Vaccination in Burma 1900-1911 - 1900-1911
Year: 1900
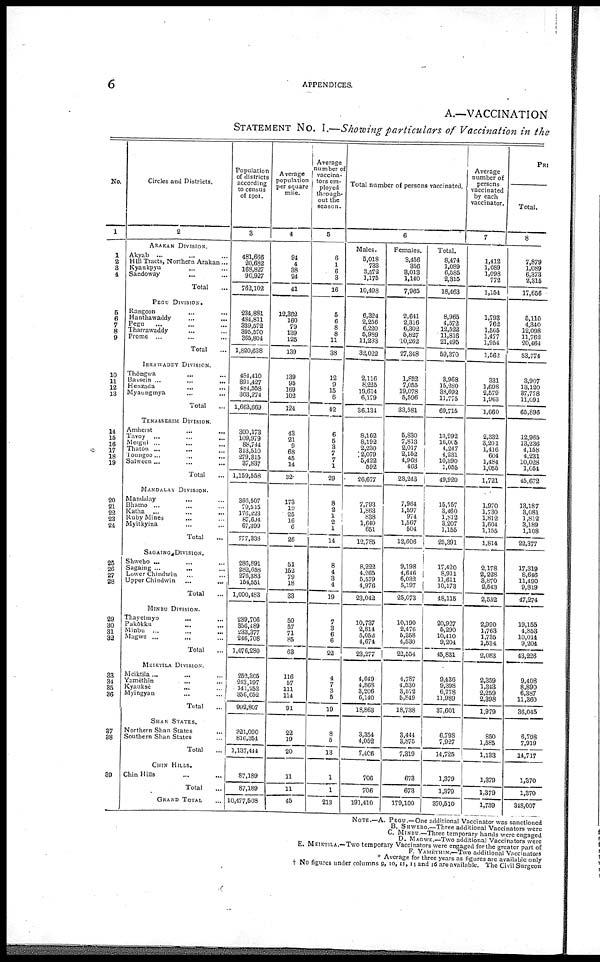
6
APPENDICES.
A.—VACCINATION
STATEMENT No. I.—Showing particulars of Vaccination in the
No.
1
1
2
3
4
5
6
7
8
9
10
11 12
13
14
15
16
17
18
19
20
21
22
23
24
25
26
27
28
29
30
31
32
33
34
35
36
37
38
39
Circles and Districts.
2
ARAKAN DIVISION.
Akyab ... ... ... ... ...
Hill Tracts, Northern Arakan... ...
Kyaukpyu... ... ...
Sandoway... ... ... ...
Total...
PEGU DIVISION.
Rangoon... ...
Hanthawaddy...
...
Pegu... ...
Tharrawaddy... ...
Prome... ... ... ...
Total...
IRRAWADDY DIVISION.
Thôngwa... ... ...
Bassein ...
...
...
Henzada... ... ...
Myaungmya... ... ...
Total...
TENASSERIM DIVISION.
Amherst...
...
...
Tavoy
...
...
...
...
Mergui ... ... ...
Thatôn ... ... ......
Toungoo...
...
...
Salween ... ... ... ...
Total... ... ...
MANDALAY DIVISION.
Mandalay... ... ... ...
Bhamo... ... ... ...
Katha... ... ... ...
Ruby Mines... ... ... ...
Myitkyina... ... ...
Total...
SAGAING DIVISION.
Shwebo ... ... ... ...
Sagaing ... ... ... ...
Lower Chindwin... ... ...
Upper Chindwin... ... ...
Total...
MINBU DIVISION.
Thayetmyo... ... ...
Pakôkku... ... ...
Minbu ... ... ... ...
Magwe... ... ... ...
Total...
MEIKTILA DIVISION.
Meiktila ... ... ... ...
Yamèthin...
...
...
...
Kyauksè... ... ... ...
Myingyan... ... ... ...
Total...
SHAN STATES.
Northern Shan States...
Southern Shan States...
Total...
CHIN HILLS.
Chin Hills... ...
Total...
GRAND TOTAL...
Population
of districts
according
to census
of 1901.
3
481,666
20,682
168,827
90,927
762,102
234,881
484,811
339,572
395,570
365,804
1,820,638
484,410
391,427
484,558
303,274
1,663,669
300,173
109,979
88,744
313,510
279,315
37,837
1,159,558
366,507
79,515
176,223
87,694
67,399
777,333
286,891
282,658
276,383
154,551
1,000,483
239,706
856,489
233,377
246,708
1,076,280
252,305
213,197
141,253
356,052
992,807
321,090
816,354
1,137,444
87,189
87,189
10,477,508
Average
population
per square
mile.
4
94
4
88
24
41
12,362
160
79
139
125
139
139
95
169
102
124
43
21
9
68
45
14
32
173
19
25
16
6
26
51
152
79
18
33
50
57
71
85
63
116
57
111
114
91
22
19
20
11
11
45
Average
number of
vaccina-
tors em-
ployed
through-
out the
season.
5
6
1
6
3
16
5
6
8
8
11
38
12
9
15
6
42
6
6
3
7
7
1
29
8
2
1
2
1
14
8
4
3
4
19
7
3
6
6
22
4
7
3
5
19
8
5
13
1
1
213
Total number of persons vaccinated.
6
Males.
5,018
733
3,572
1,175
10,498
6,324
2,256
6,220
5,989
11,233
32,022
2,116
8,225
19,614
6,179
36,134
8,162
8,192
2,230
2,079
5,422
592
26,677
7,793
1,863
838
1,640 651
12,785
8,222
4,265
5,579
4,976
23,042
10,737
2,814
5,052
4,674
23,277
4,649
4,868
3,206
6,140
18,863
3,354
4,052
7,406
706
706
191,410
Females.
3,456
356
3,013
1,140
7,965
2,641
2,316
6,302
5,827
10,262
27,348
1,852
7,055
19,078
5,596
33,581
5,830
7,813
2,017
2,152
4,968
463
23,243
"
7,964
1,597
974
1,567
504
12,606
9,198
4,646
6,032
5,197
25,073
10,190
2,476
5,358
4,530
22,554
4,787
4,530
3,572
5,849
18,738
3,444
3,875
7,319
673
673
179,100
Total.
8,474
1,089
6,585
2,315
18,463
8,965
4,572
12,522
11,816
21,495
59,370
3,968
15,280
38,692
11,775
69,715
13,992
16,006
4,247
4,231
10,390
1,055
49,920
15,757
3,460
1,812
3,207
1,155
25,391
17,420
8,911
11,611
10,173
48,115
20,927
5,290
10,410
9,204
45,831
9,436
9,398
6,778
11,989
37,601
6,798
7,927
14,725
1,379
1,379
370,510
Average
number of
persons
vaccinated
by each
vaccinator.
7
1,412
1,089
1,098
772
1,154
1,793
762
1,565
1,477
1,954
1,562
331
1,698
2,579
1,963
1,660
2,332
3,201
1,416
604
1,484
1,055
1,721
1,970
1,730
1,812
1,604
1,155
1,814
2,178
2,228
3,870
2,543
2,532
2,990
1,763
1,735
1,534
2,083
2,359
1,343
2,259
2,398
1,979
850
1,585
1,133
1,379
1,379
1,739
PRI
Total.
8
7,879
1,089
6,373
2,315
17,656
5,110
4,340
12,098
11,762
20,464
53,774
3,907
13,120
37,778
11,091
65,896
12,965
13,236
4,158
4,231
10,028
1,054
45,672
13,187
3,081
1,812
3,189
1,108
22,377
17,319
8,646
11,490
9,819
47,274
19,155
4,853
10,014
9,204
43,226
9,408
8,890
6,387
11,360
36,045
6,798
7,919
14,717
1,370
1,370
318,097
NOTE.—A. PEGU.—One additional Vaccinator was sanctioned
B. SHWEBO.—Three additional Vaccinators were
C. MINBU.—Three temporary hands were engaged
D. MAGWE.—Two additional Vaccinators were
E. MEIKTILA.—Two temporary Vaccinators were engaged for the greater part of
F. YAMÈTHIN.—Two additional Vaccinators
* Average for three years as figures are available only
† No figures under columns 9, 10, 11, 14 and 16 are available. The Civil Surgeon